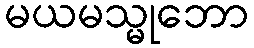
မယမသ္မုဘော